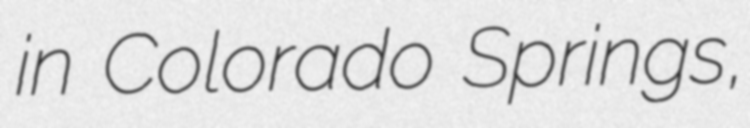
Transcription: in Colorado Springs,